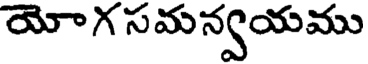
యోగ సమన్వయము